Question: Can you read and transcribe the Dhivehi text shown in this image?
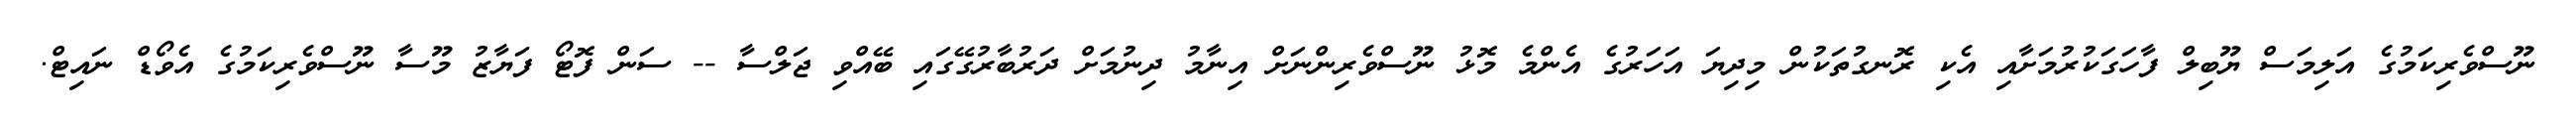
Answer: ނޫސްވެރިކަމުގެ އަލިމަސް ޔޫބިލް ފާހަގަކުރުމަށާއި އެކި ރޮނގުތަކުން މިދިޔަ އަހަރުގެ އެންމެ މޮޅު ނޫސްވެރިންނަށް އިނާމު ދިނުމަށް ދަރުބާރުގޭގައި ބޭއްވި ޖަލްސާ -- ސަން ފޮޓޯ ފަޔާޒު މޫސާ ނޫސްވެރިކަމުގެ އެވޯޑް ނައިޓް.